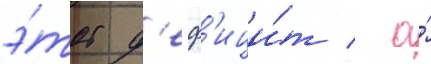
э́тот д'еф'ици́т / а́